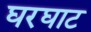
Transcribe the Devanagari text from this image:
घरघाट